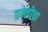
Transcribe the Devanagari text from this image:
प्रम्लोचा